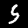
Digit: 5